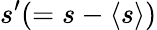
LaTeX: s^{\prime}(=s-\langle{s}\rangle)